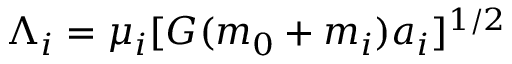
\Lambda _ { i } = \mu _ { i } [ G ( m _ { 0 } + m _ { i } ) a _ { i } ] ^ { 1 / 2 }